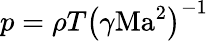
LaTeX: p=\rho T\left(\gamma\mathrm{Ma}^{2}\right)^{-1}